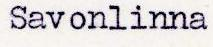
Savonlinna